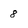
Character: 8